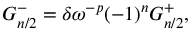
G _ { n / 2 } ^ { - } = \delta \omega ^ { - p } ( - 1 ) ^ { n } G _ { n / 2 } ^ { + } ,